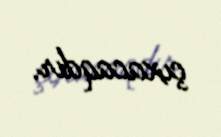
çıxacaqdır.